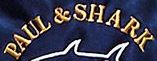
PAUL & SHARK